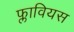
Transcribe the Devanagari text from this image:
फ्लावियस